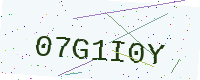
Text: 07G1I0Y